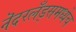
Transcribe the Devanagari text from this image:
नॆदरलँड्समध्येच